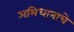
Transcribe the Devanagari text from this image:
अभिधानाचे